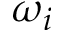
\omega _ { i }